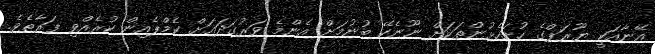
އޭނާއަކީ ޔޫރަޕްގެ ހުށަހެޅުންތަކަށް ނޫނެކޭ ބުނުމަށް އެންމެ ވަރުގަދައަށް ކެމްޕެއިން ކުރެއްވި ފަރާތެވެ.